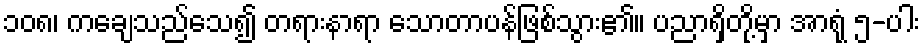
၁၀၈၊ ကချေသည်သေ၍ တရားနာရာ သောတာပန်ဖြစ်သွား၏။ ပညာရှိတို့မှာ အာရုံ ၅-ပါး